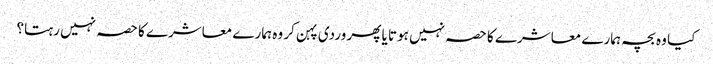
کیا وہ بچہ ہمارے معاشرے کا حصہ نہیں ہوتا یا پھر وردی پہن کر وہ ہمارے معاشرے کا حصہ نہیں رہتا؟